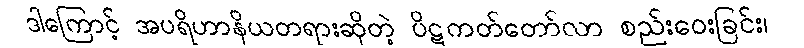
ဒါကြောင့် အပရိဟာနိယတရားဆိုတဲ့ ပိဋကတ်တော်လာ စည်းဝေးခြင်း၊